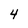
Character: 4